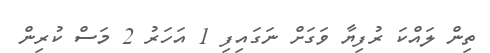
ތިން ލައްކަ ރުފިޔާ ވަގަށް ނަގައިފި 1 އަހަރު 2 މަސް ކުރިން